DOW-UAP-D35, Mission Report, Greece, October 2023
Agency: Department of War
Incident date: 10/29/23
Incident location: Aegean Sea
Page 3
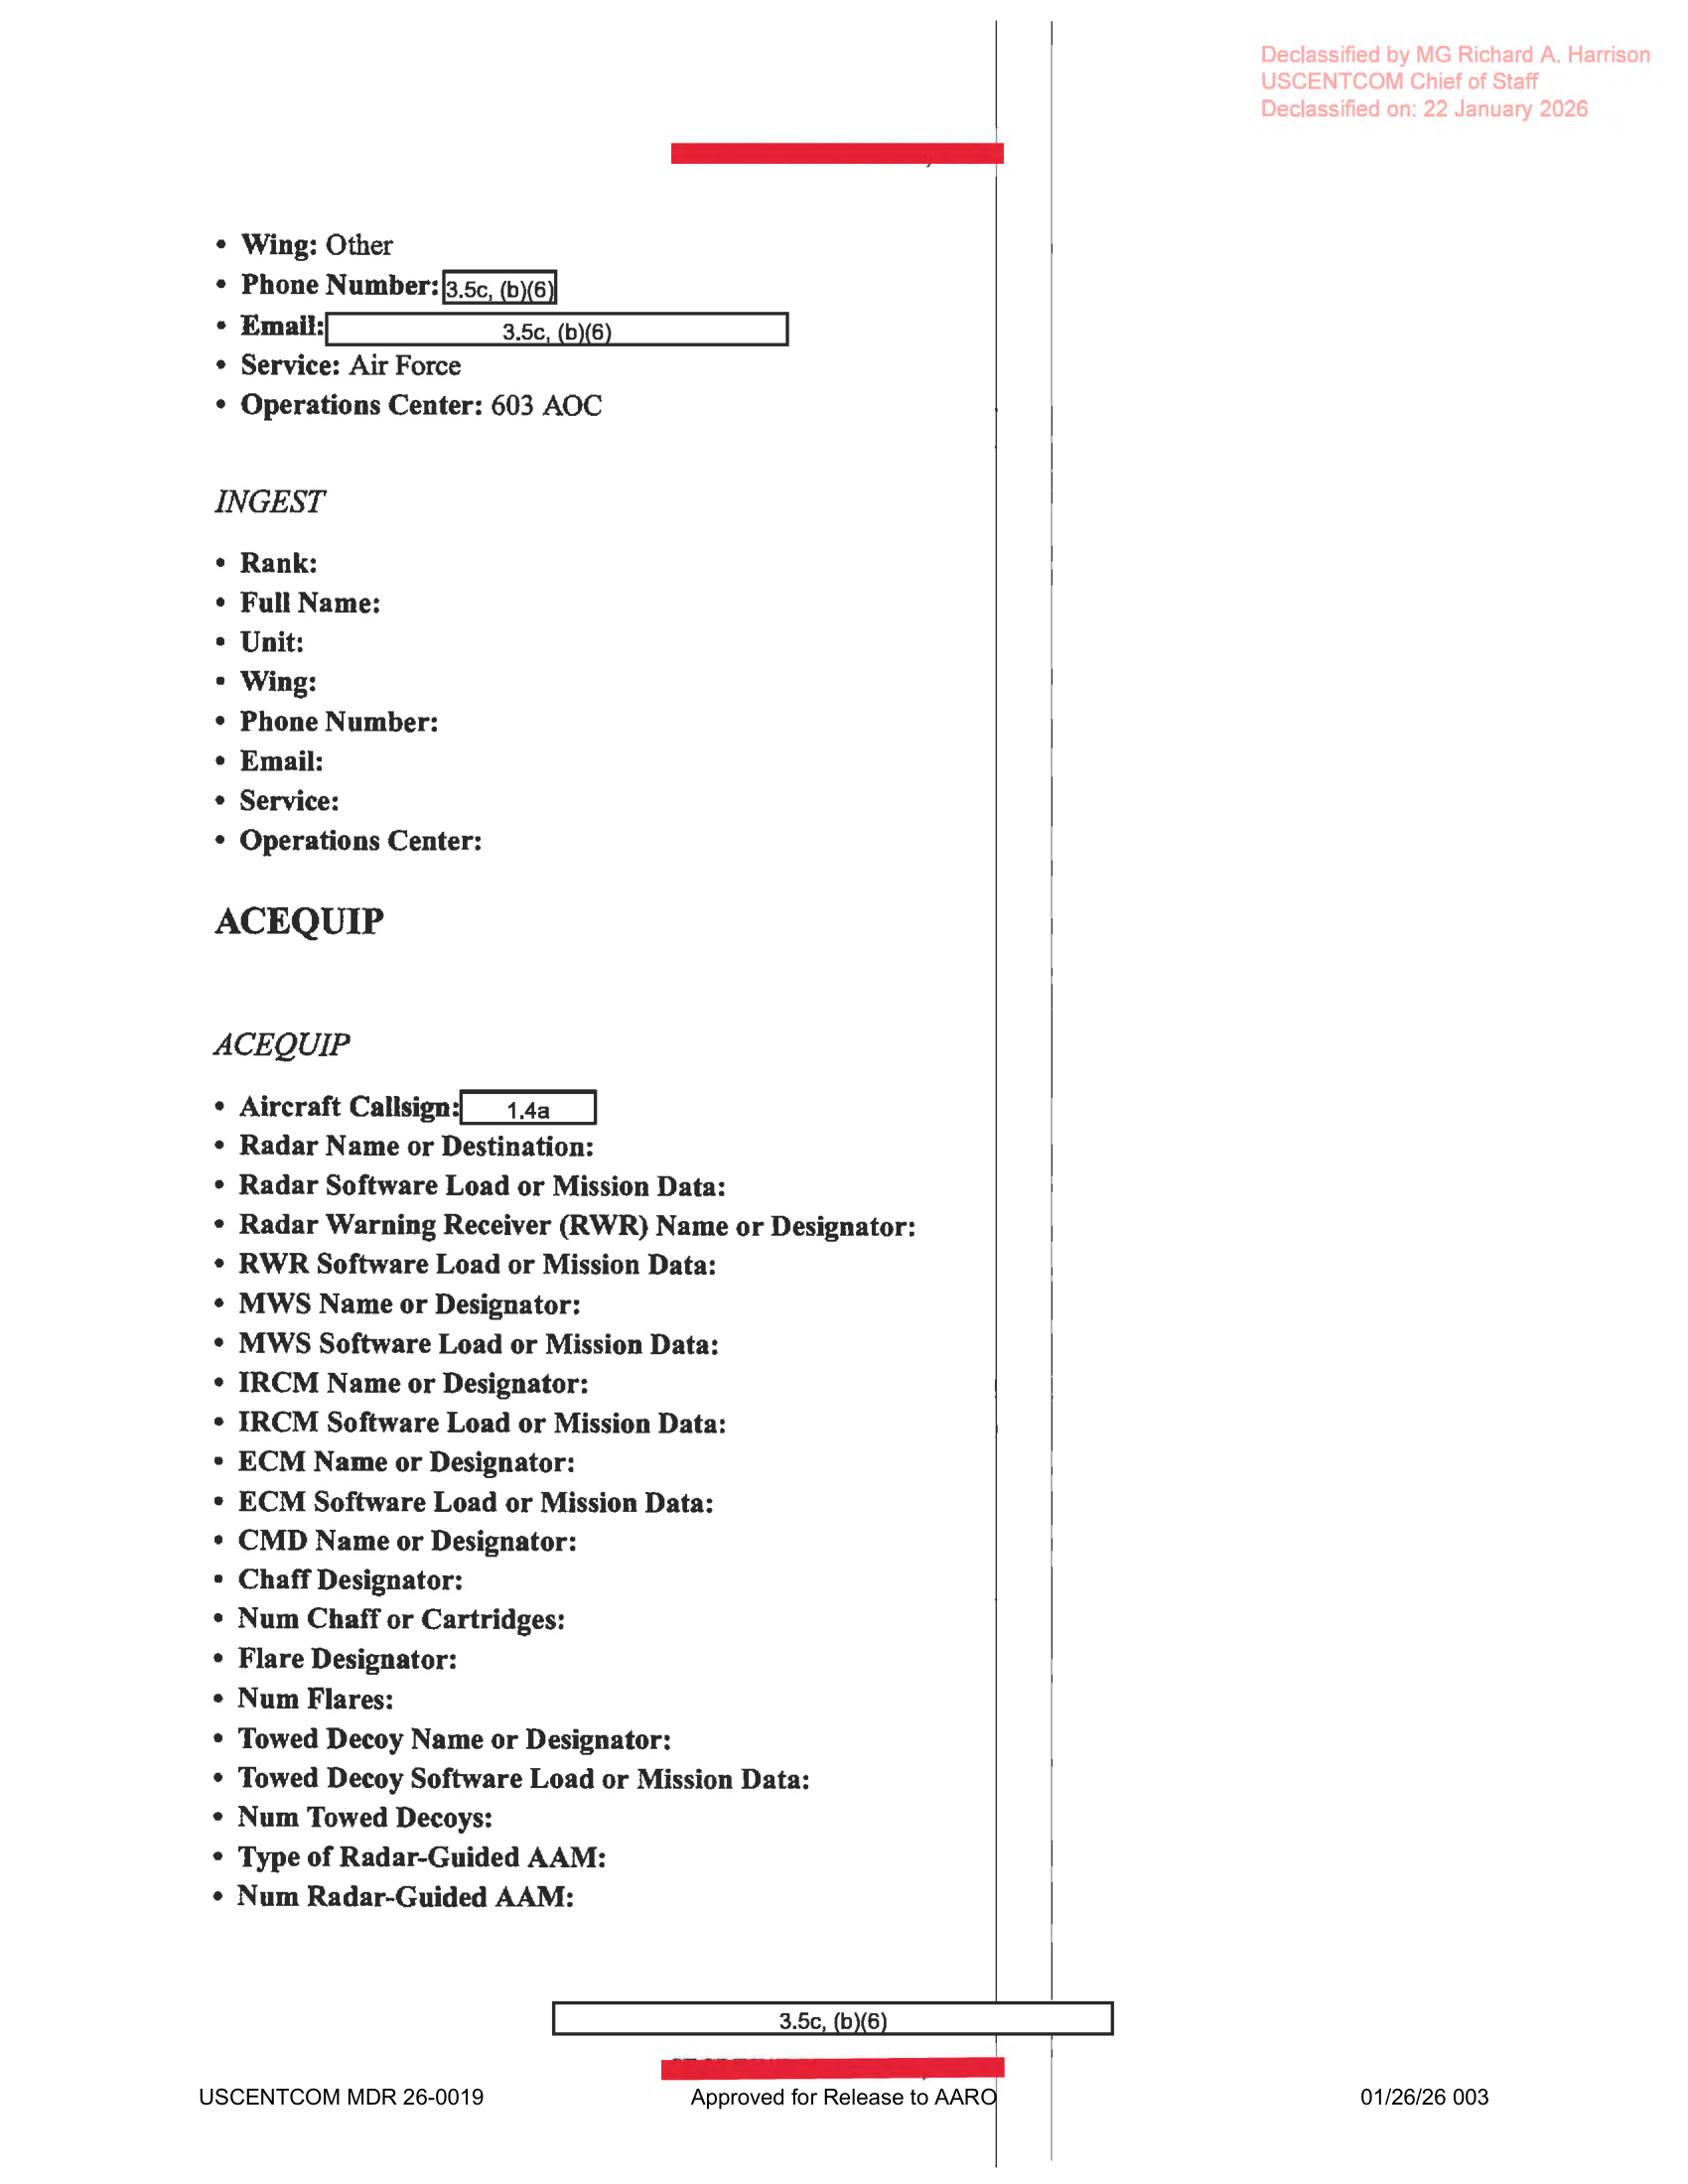